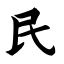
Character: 民